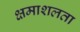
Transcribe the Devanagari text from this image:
क्षमाशलता